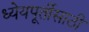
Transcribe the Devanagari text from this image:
ध्येयपूर्तीसाठी